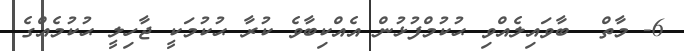
6- މާތް  ބާވައިލެއްވި ޙުކުމްފުޅުން އެއްކިބާވެ ކުރާ ޙުކުމަކީ ޖާހިލީ ޙުކުމެއްގެ